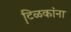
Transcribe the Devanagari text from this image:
टि़ळकांना